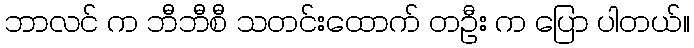
ဘာလင် က ဘီဘီစီ သတင်းထောက် တဦး က ပြော ပါတယ်။